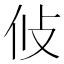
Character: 𭣢